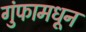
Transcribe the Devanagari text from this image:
गुंफामधून